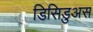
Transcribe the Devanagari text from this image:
डिसिडुअस